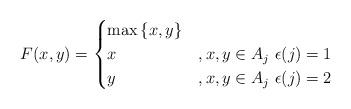
LaTeX: \begin{align*} F(x,y) = \begin{cases} \max{\{x,y\}} & \\ x & , x,y\in A_j \,\, \epsilon(j)=1\\ y & , x,y\in A_j \,\, \epsilon(j)=2 \end{cases}\end{align*}